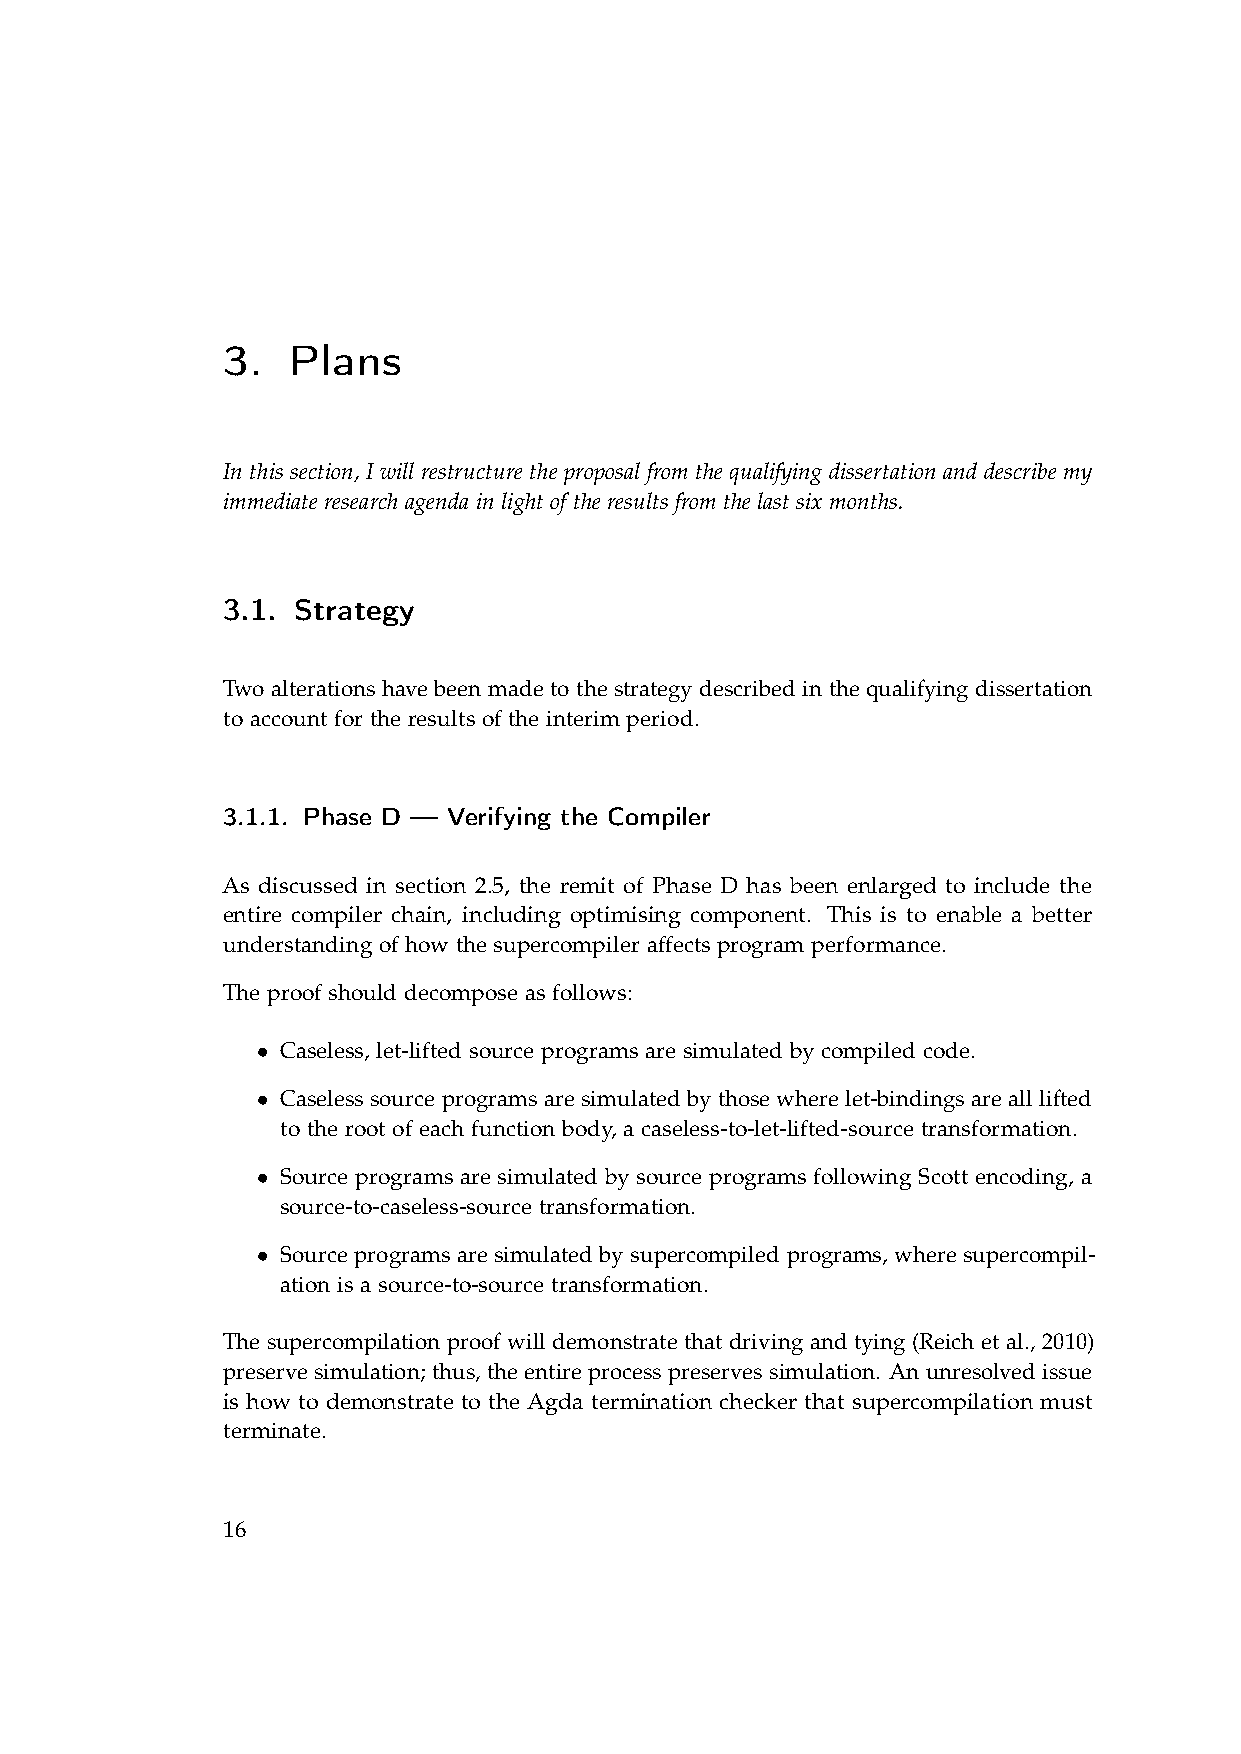
3.  Plans
 In this section, I will restructure the proposal from the qualifying dissertation and describe my
 immediate research agenda in light of the results from the last six months.
 3.1. Strategy
 Two alterations have been made to the strategy described in the qualifying dissertation
 to account for the results of the interim period.
 3.1.1. Phase D — Verifying the Compiler
 As discussed in section 2.5, the remit of Phase D has been enlarged to include the
 entire compiler chain, including optimising component. This is to enable a better
 understanding of how the supercompiler affects program performance.
 The proof should decompose as follows:
 • Caseless, let-lifted source programs are simulated by compiled code.
 • Caseless source programs are simulated by those where let-bindings are all lifted
 to the root of each function body, a caseless-to-let-lifted-source transformation.
 • Source programs are simulated by source programs following Scott encoding, a
 source-to-caseless-source transformation.
 • Source programs are simulated by supercompiled programs, where supercompil-
 ation is a source-to-source transformation.
 The supercompilation proof will demonstrate that driving and tying (Reich et al., 2010)
 preserve simulation; thus, the entire process preserves simulation. An unresolved issue
 is how to demonstrate to the Agda termination checker that supercompilation must
 terminate.
 16